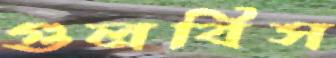
গুলবিস